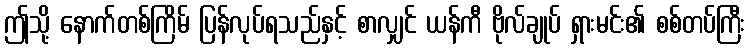
ဤသို့ နောက်တစ်ကြိမ် ပြန်လုပ်ရသည်နှင့် စာလျှင် ယန်ကီ ဗိုလ်ချုပ် ရှားမင်း၏ စစ်တပ်ကြီး